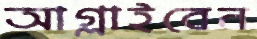
আগ্‌লাইবেন